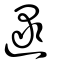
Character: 逯